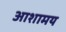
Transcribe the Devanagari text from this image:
आशामय